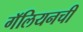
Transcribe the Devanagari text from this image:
गॅलियनची